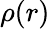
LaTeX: \rho(r)